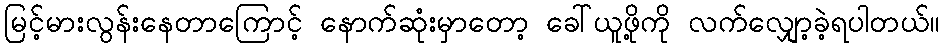
မြင့်မားလွန်းနေတာကြောင့် နောက်ဆုံးမှာတော့ ခေါ်ယူဖို့ကို လက်လျှော့ခဲ့ရပါတယ်။